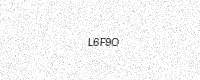
Text: L6F9O